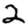
Digit: 2